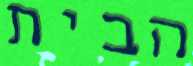
הבית